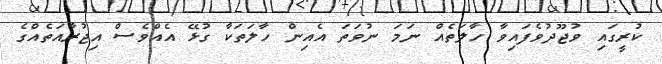
ކުރީގައި ވުޖޫދުވެފައިވާ ހާލަތެއް ނަމަ ނުވަތަ އެއިން ހާލަތަކާ ގުޅޭ އެއްވެސް އިޖުރާއަތެއްގެ